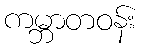
ကမ္ဘာတဝန်း